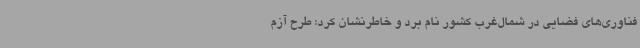
فناوری‌های فضایی در شمال‌غرب کشور نام برد و خاطرنشان کرد: طرح آزم